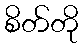
စိတ်တို